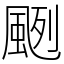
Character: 颲